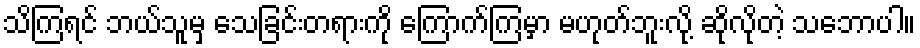
သိကြရင် ဘယ်သူမှ သေခြင်းတရားကို ကြောက်ကြမှာ မဟုတ်ဘူးလို့ ဆိုလိုတဲ့ သဘောပါ။